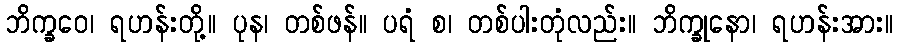
ဘိက္ခဝေ၊ ရဟန်းတို့။ ပုန၊ တစ်ဖန်။ ပရံ စ၊ တစ်ပါးတုံလည်း။ ဘိက္ခုနော၊ ရဟန်းအား။